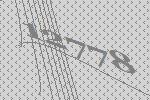
12778